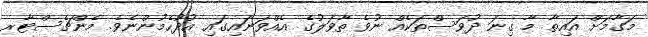
މަގާމަށް އައިތާ މާ ގިނަ ދުވަސްތަކެއް ނުވެ ތާވަލުގެ އެއްވަނައިގައި އުދުހެމުންނެވެ. މެންޗެސްޓާރ